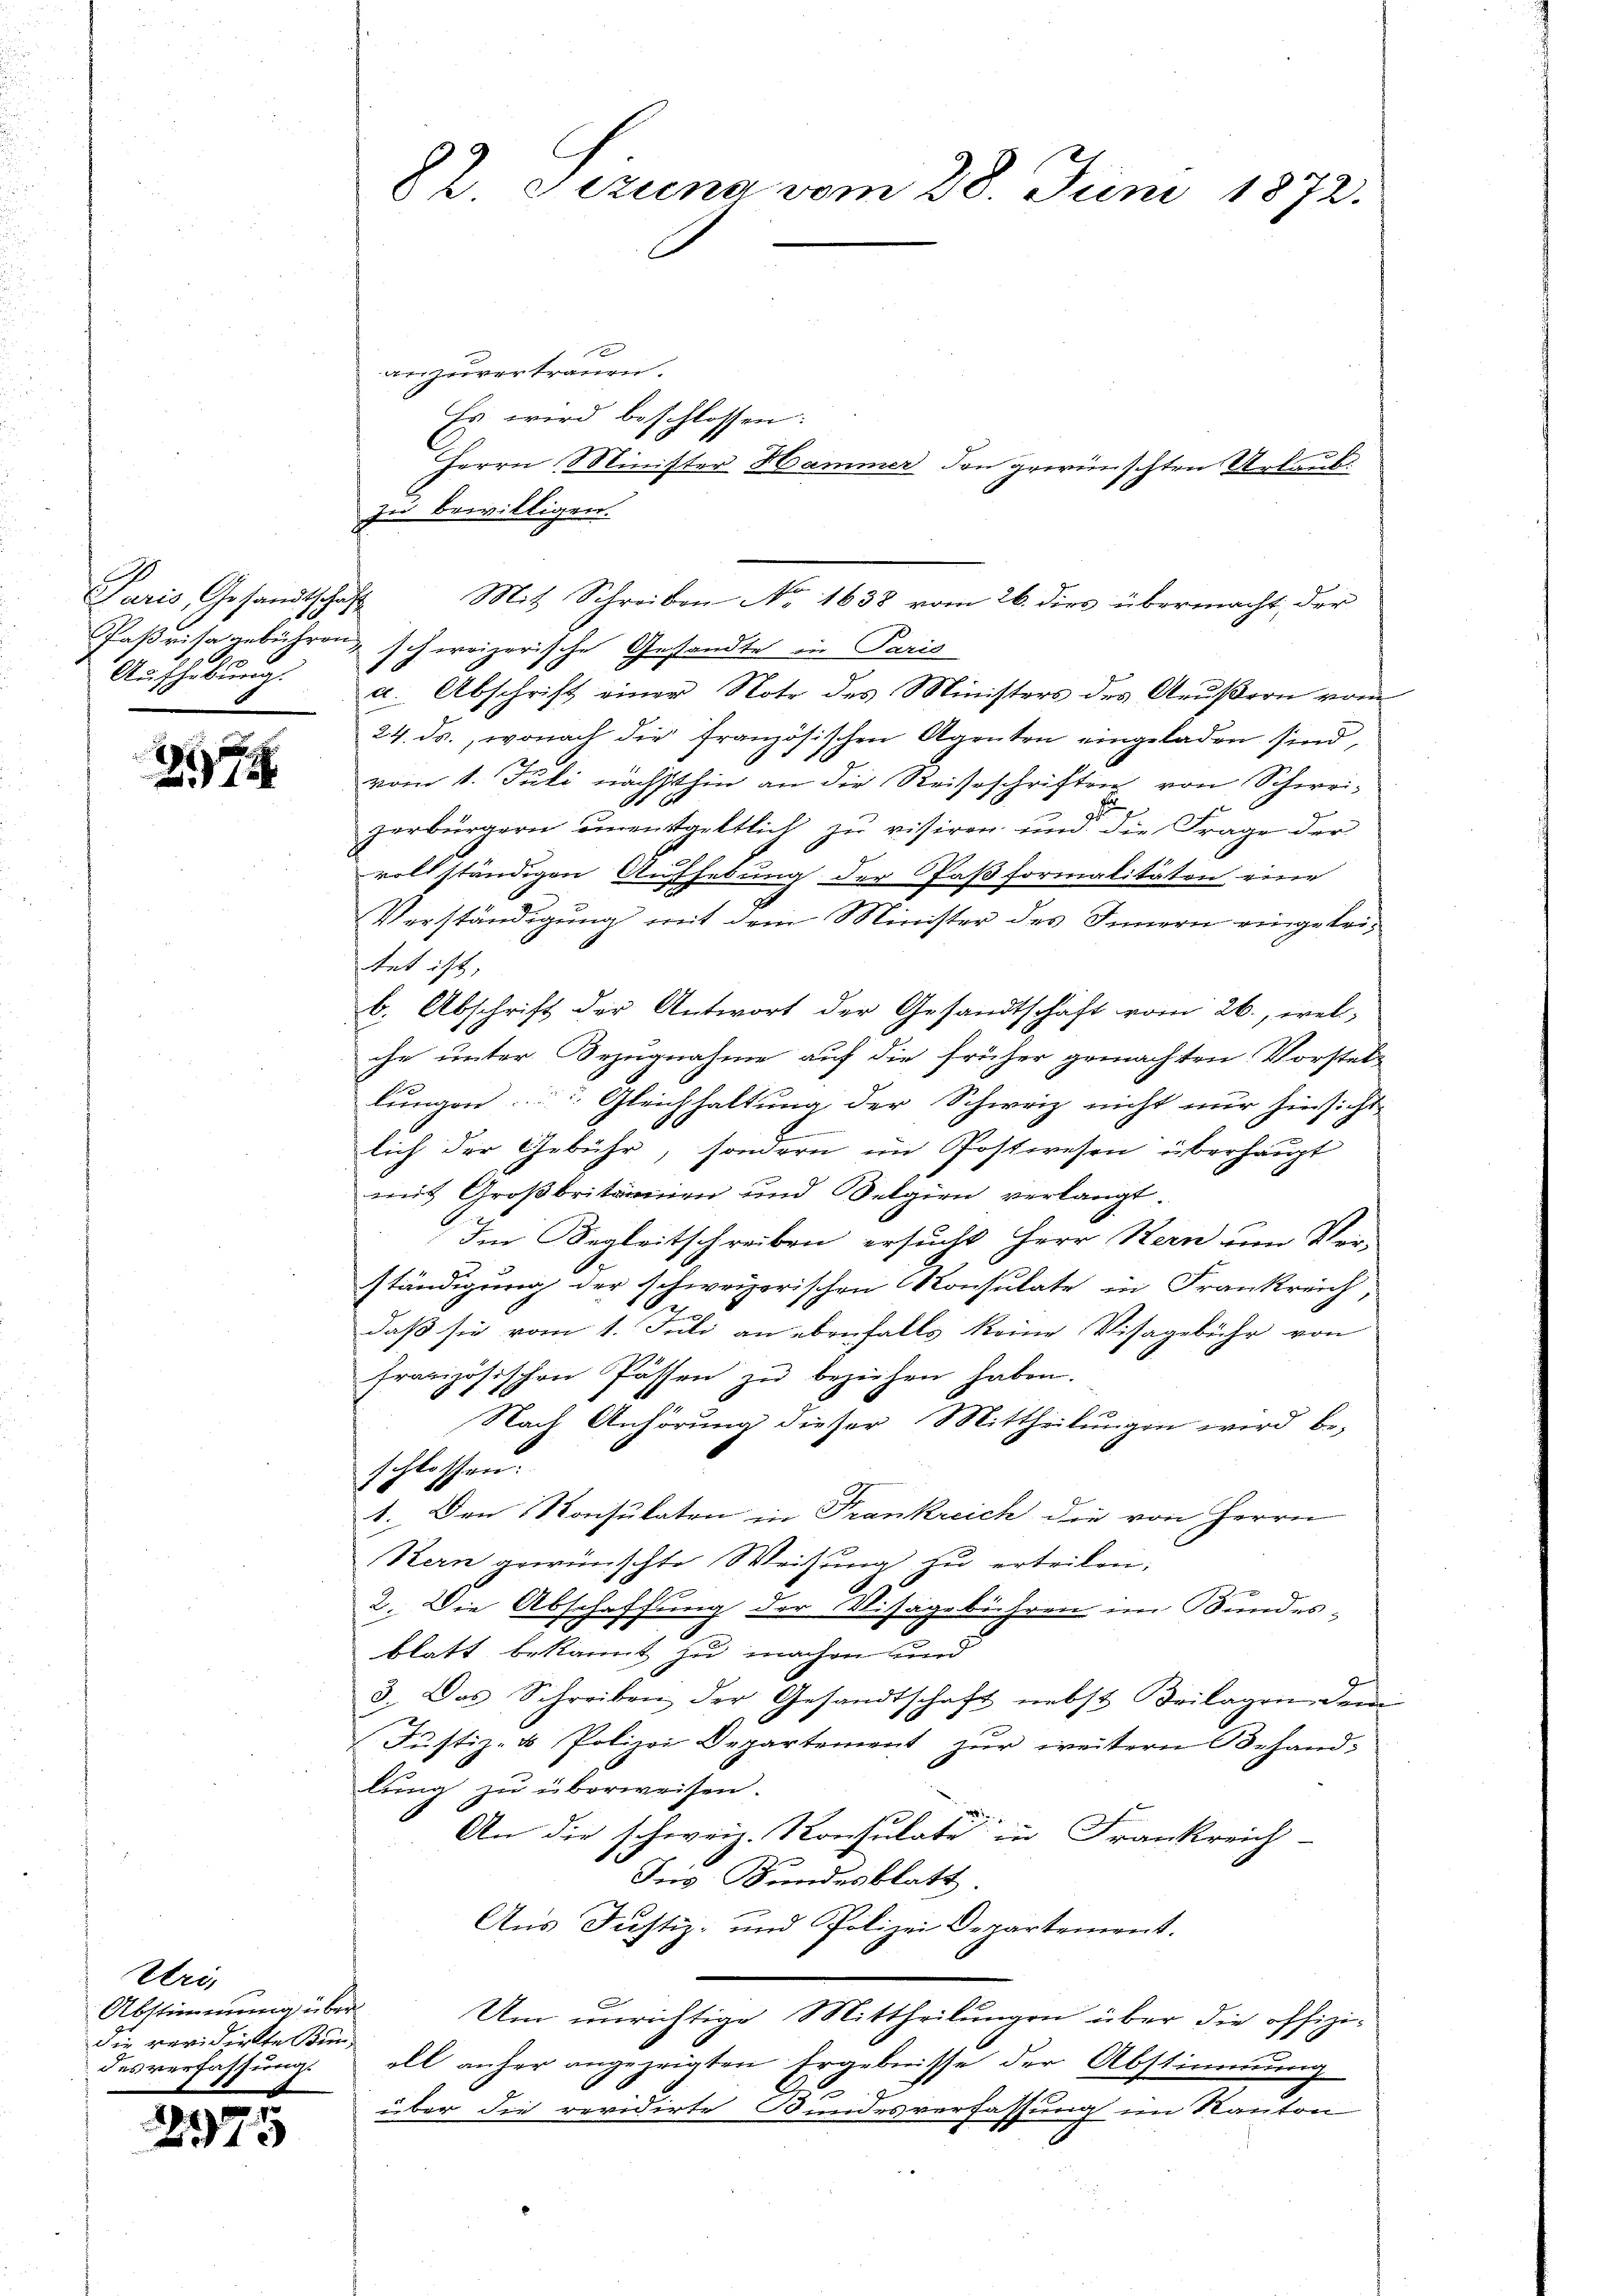
Paris, Gesandtschaft

2979

2
anzuvertrauen.
Es wird beschlossen:
Herrn Minister Hammer den gewünschten Urlaub.
zu bewilligen.
Paßvisagebühren, schweizerische Gesandte in Paris
Aufhebung a Abschrift einer Note des Ministers des Aeußern vom
24. ds., wonach die französischen Agenten eingeladen sind,
vom 1. Juli nächsthin an die Reiseschriften von Schweizerbürgern unentgeltlich zu visiren und die Frage der
voll ständigen Aufhebung der Paß formalitäten eine
Verständigung mit dem Minister des Innern eingeleitet ist,
b. Abschrift der Antwort der Gesandtschäft vom 26., wel-
che unter Bezugnahme auf die früher gemachten Vorstel-
lungen. Gleichhaltung der Schweiz nicht nur hinsicht
lich der Gebühr, sondern im Postwesen überhaupt
mit Großbritainen und Selgien verlangt.
Im Begleitschreiben ersucht Herr Stern um Ver-
ständigung der schweizerischen Konsulate in Frankreich,
daß sie vom 1. Juli an ebenfalls keine Visagebühr von
französischen Passen zŭ beziehen haben.
Nach Anhörung dieser Mittheilungen wird beschlossen:
1. Den Konsulaten in Frankreich die von Herrn
Stern gewünschte Weisung zu erteilen.
2. Die Abschaffung der Visagebühren im Bundes¬
7
blatt bekannt zu machen und
3. Das Schreiben der Gesandtschaft nebst Beilagen dem
Jŭstiz- & Polizei Departement zŭr weitern Behand-
lung zu überweisen.
An die schweiz. Konsulate in Frankreich-
Ins Bundesblatt.
Aus Justiz- und Polizei Departement.
Um unrichtige Mittheilungen über die offiziall anher angezeigten Ergebnisse der Abstimmung
über die revidirte Bundesverfassung im Kanton

Uri,
Abstimmung über
die veridielte un-
desverfassung.
e

2075

82. Sezung vom 28. Juni 1872.

Mit Schreiben No. 1638 vom 26. dies übermacht der